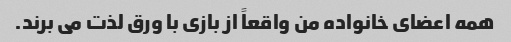
همه اعضای خانواده من واقعاً از بازی با ورق لذت می برند.